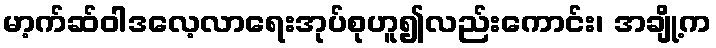
မာ့က်ဆ်ဝါဒလေ့လာရေးအုပ်စုဟူ၍လည်းကောင်း၊ အချို့က